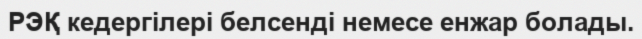
РЭҚ кедергілері белсенді немесе енжар болады.